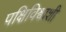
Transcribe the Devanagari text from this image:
पक्षिविश्वाशी